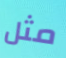
مثل